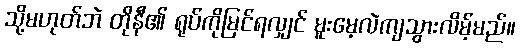
သို့မဟုတ်ဘဲ တိုနီ၏ ရုပ်ကိုမြင်ရလျှင် မူးမေ့လဲကျသွားလိမ့်မည်။